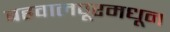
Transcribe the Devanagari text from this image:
बहवालपूरमधून